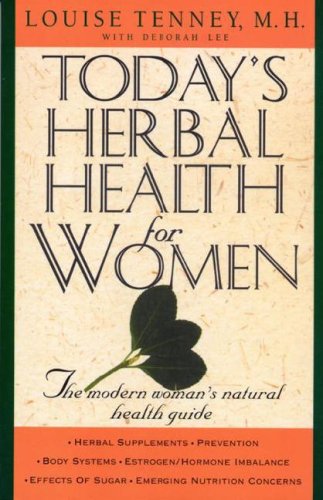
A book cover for Today's Herbal Health for Women: The Modern Woman's Natural Health Guide; Louise Tenney; Medical Books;